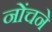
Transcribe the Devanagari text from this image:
नोंचने